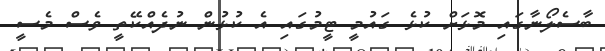
ބާސެލޯނާގައި މޮޅަށް ކުޅެ ގައުމީ ޓީމުގައި އެ ކުޅުން ނުދެއްކޭތީ ވެސް މެސީ